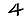
Digit: 4